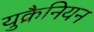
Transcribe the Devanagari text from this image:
युक्रैनियन